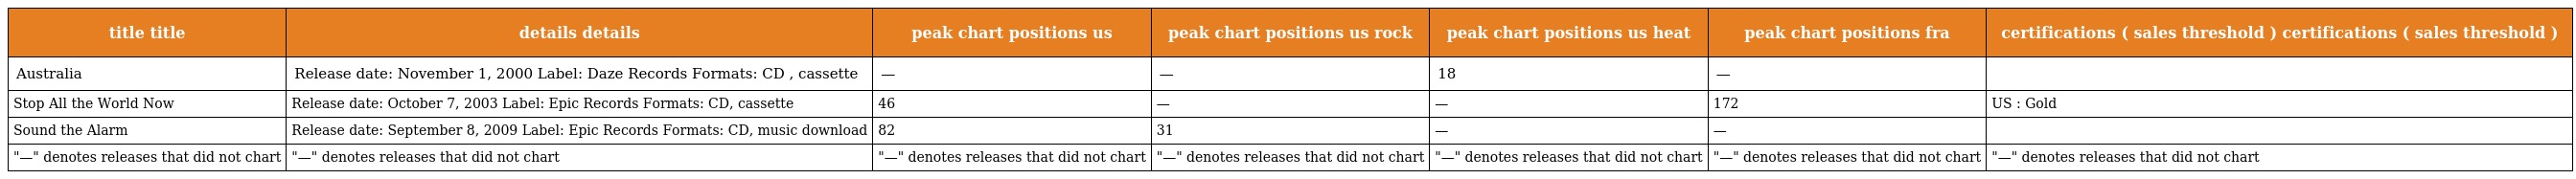
| title title | details details | peak chart positions us | peak chart positions us rock | peak chart positions us heat | peak chart positions fra | certifications ( sales threshold ) certifications ( sales threshold ) |
 | --- | --- | --- | --- | --- | --- | --- |
 | Australia | Release date: November 1, 2000 Label: Daze Records Formats: CD , cassette | — | — | 18 | — |  |
 | Stop All the World Now | Release date: October 7, 2003 Label: Epic Records Formats: CD, cassette | 46 | — | — | 172 | US : Gold |
 | Sound the Alarm | Release date: September 8, 2009 Label: Epic Records Formats: CD, music download | 82 | 31 | — | — |  |
 | "—" denotes releases that did not chart | "—" denotes releases that did not chart | "—" denotes releases that did not chart | "—" denotes releases that did not chart | "—" denotes releases that did not chart | "—" denotes releases that did not chart | "—" denotes releases that did not chart |